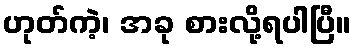
ဟုတ်ကဲ့၊ အခု စားလို့ရပါပြီ။